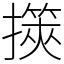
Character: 擌